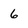
Character: 6